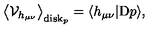
\big \langle { \cal V } _ { h _ { \mu \nu } } \big \rangle _ { \mathrm { d i s k } _ { p } } = \langle h _ { \mu \nu } | \mathrm { D } p \rangle ,